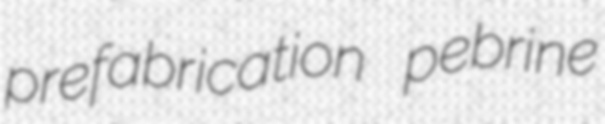
prefabrication pebrine